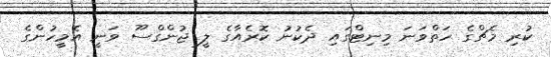
ކުރި މެޗްގެ ހަތްވަނަ މިނިޓްގައި ދެކުނު ކޮރެއާގެ ލީ ޖުންގްސޫ ވަނީ އެމީހުންގެ